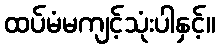
ထပ်မံမကျင့်သုံးပါနှင့်။